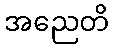
အညေတိ